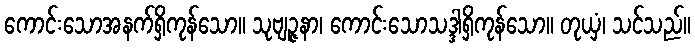
ကောင်းသောအနက်ရှိကုန်သော။ သုဗျဉ္ဇနာ၊ ကောင်းသောသဒ္ဒါရှိကုန်သော။ တုယှံ၊ သင်သည်။